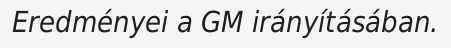
Eredményei a GM irányításában.